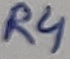
Text: R4